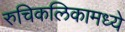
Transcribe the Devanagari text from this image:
रुचिकलिकामध्ये